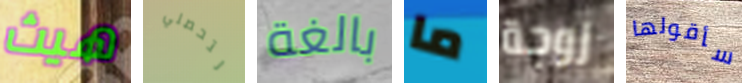
هيث لتحصلي بالغة ما زوجة سأقولها